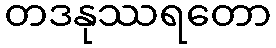
တဒနုဿရတော